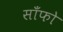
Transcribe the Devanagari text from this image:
साँफो